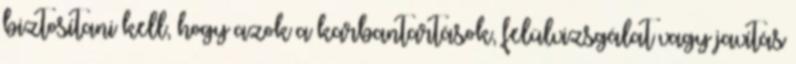
biztosítani kell, hogy azok a karbantartások, felülvizsgálat vagy javítás